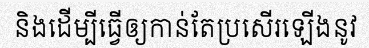
និងដើម្បីធ្វើឲ្យកាន់តែប្រសើរឡើងនូវ